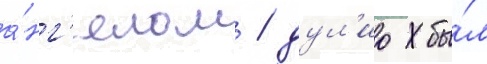
а́нг'елом / дул'ио бы́л